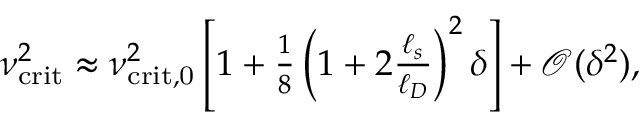
\begin{array} { r } { \nu _ { \mathrm { c r i t } } ^ { 2 } \approx \nu _ { \mathrm { c r i t , 0 } } ^ { 2 } \left[ 1 + \frac { 1 } { 8 } \left( 1 + 2 \frac { \ell _ { s } } { \ell _ { D } } \right) ^ { 2 } \delta \right] + \mathcal { O } ( \delta ^ { 2 } ) , } \end{array}